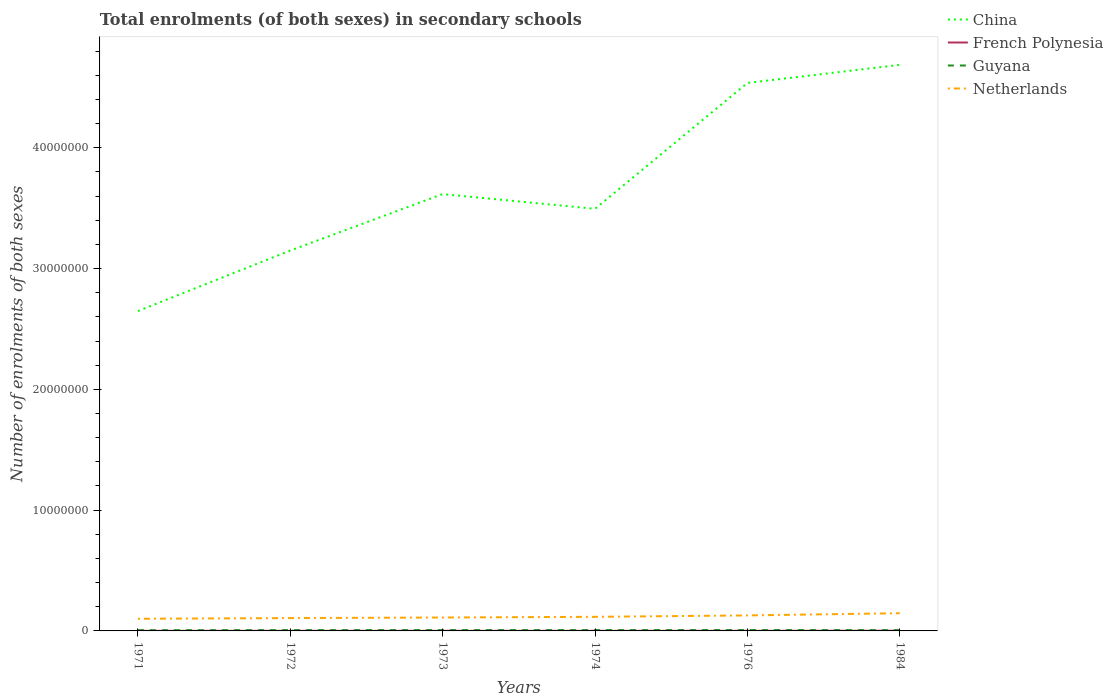
| Years | China | French Polynesia | Guyana | Netherlands |
 | --- | --- | --- | --- | --- |
 | 1971 | 2.65e+07 | 6.49e+03 | 6.04e+04 | 1.01e+06 |
 | 1972 | 3.15e+07 | 7.54e+03 | 6.54e+04 | 1.06e+06 |
 | 1973 | 3.62e+07 | 7.75e+03 | 6.81e+04 | 1.11e+06 |
 | 1974 | 3.49e+07 | 8.13e+03 | 6.79e+04 | 1.17e+06 |
 | 1976 | 4.54e+07 | 9.04e+03 | 7.13e+04 | 1.28e+06 |
 | 1984 | 4.69e+07 | 1.57e+04 | 6.74e+04 | 1.47e+06 |